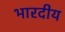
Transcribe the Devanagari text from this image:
भारदीय